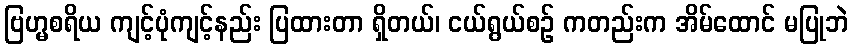
ဗြဟ္မစရိယ ကျင့်ပုံကျင့်နည်း ပြထားတာ ရှိတယ်၊ ငယ်ရွယ်စဉ် ကတည်းက အိမ်ထောင် မပြုဘဲ